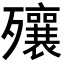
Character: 𣩽